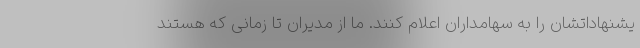
یشنهاداتشان را به سهامداران اعلام کنند. ما از مدیران تا زمانی که هستند